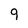
Character: 9